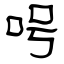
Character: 呺